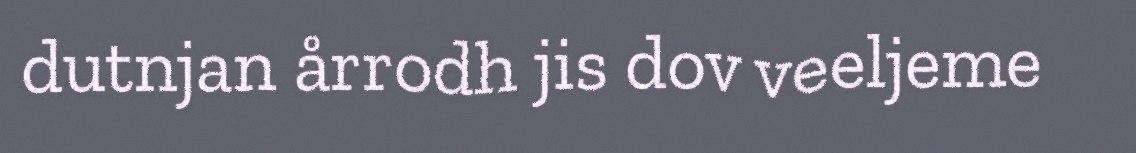
dutnjan årrodh jis dov veeljeme